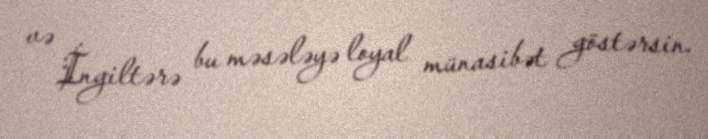
və İngiltərə bu məsələyə loyal münasibət göstərsin.